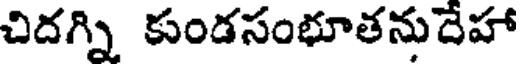
చిదగ్ని కుండసంభూతనుదేహా